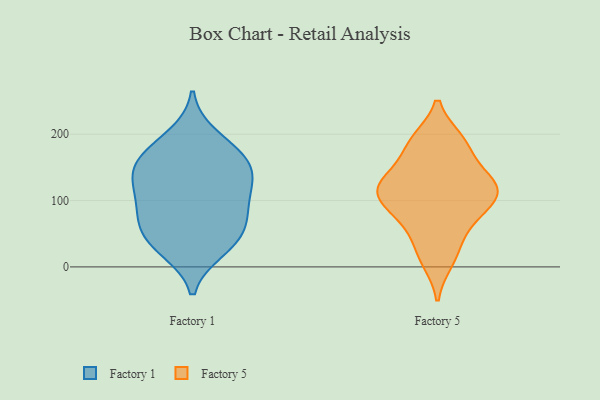
{"axis": {"x": "Population (Million)", "y": "Value"}, "legend": ["Factory 1", "Factory 5"], "data": [{"x": "", "y": 197, "type": "Factory 1"}, {"x": "", "y": 141, "type": "Factory 1"}, {"x": "", "y": 163, "type": "Factory 1"}, {"x": "", "y": 139, "type": "Factory 1"}, {"x": "", "y": 47, "type": "Factory 1"}, {"x": "", "y": 55, "type": "Factory 1"}, {"x": "", "y": 112, "type": "Factory 1"}, {"x": "", "y": 86, "type": "Factory 1"}, {"x": "", "y": 26, "type": "Factory 1"}, {"x": "", "y": 174, "type": "Factory 1"}, {"x": "", "y": 93, "type": "Factory 1"}, {"x": "", "y": 31, "type": "Factory 1"}, {"x": "", "y": 70, "type": "Factory 1"}, {"x": "", "y": 127, "type": "Factory 1"}, {"x": "", "y": 160, "type": "Factory 1"}, {"x": "", "y": 10, "type": "Factory 5"}, {"x": "", "y": 187, "type": "Factory 5"}, {"x": "", "y": 97, "type": "Factory 5"}, {"x": "", "y": 130, "type": "Factory 5"}, {"x": "", "y": 68, "type": "Factory 5"}, {"x": "", "y": 96, "type": "Factory 5"}, {"x": "", "y": 145, "type": "Factory 5"}, {"x": "", "y": 120, "type": "Factory 5"}, {"x": "", "y": 25, "type": "Factory 5"}, {"x": "", "y": 120, "type": "Factory 5"}, {"x": "", "y": 64, "type": "Factory 5"}, {"x": "", "y": 190, "type": "Factory 5"}, {"x": "", "y": 111, "type": "Factory 5"}, {"x": "", "y": 118, "type": "Factory 5"}, {"x": "", "y": 183, "type": "Factory 5"}]}